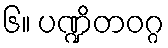
၆။ ပဏ္ဍိတဝဂ္ဂ